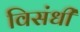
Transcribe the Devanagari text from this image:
विसंधी